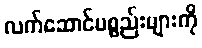
လက်ဆောင်ပစ္စည်းများကို